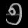
Digit: ၅